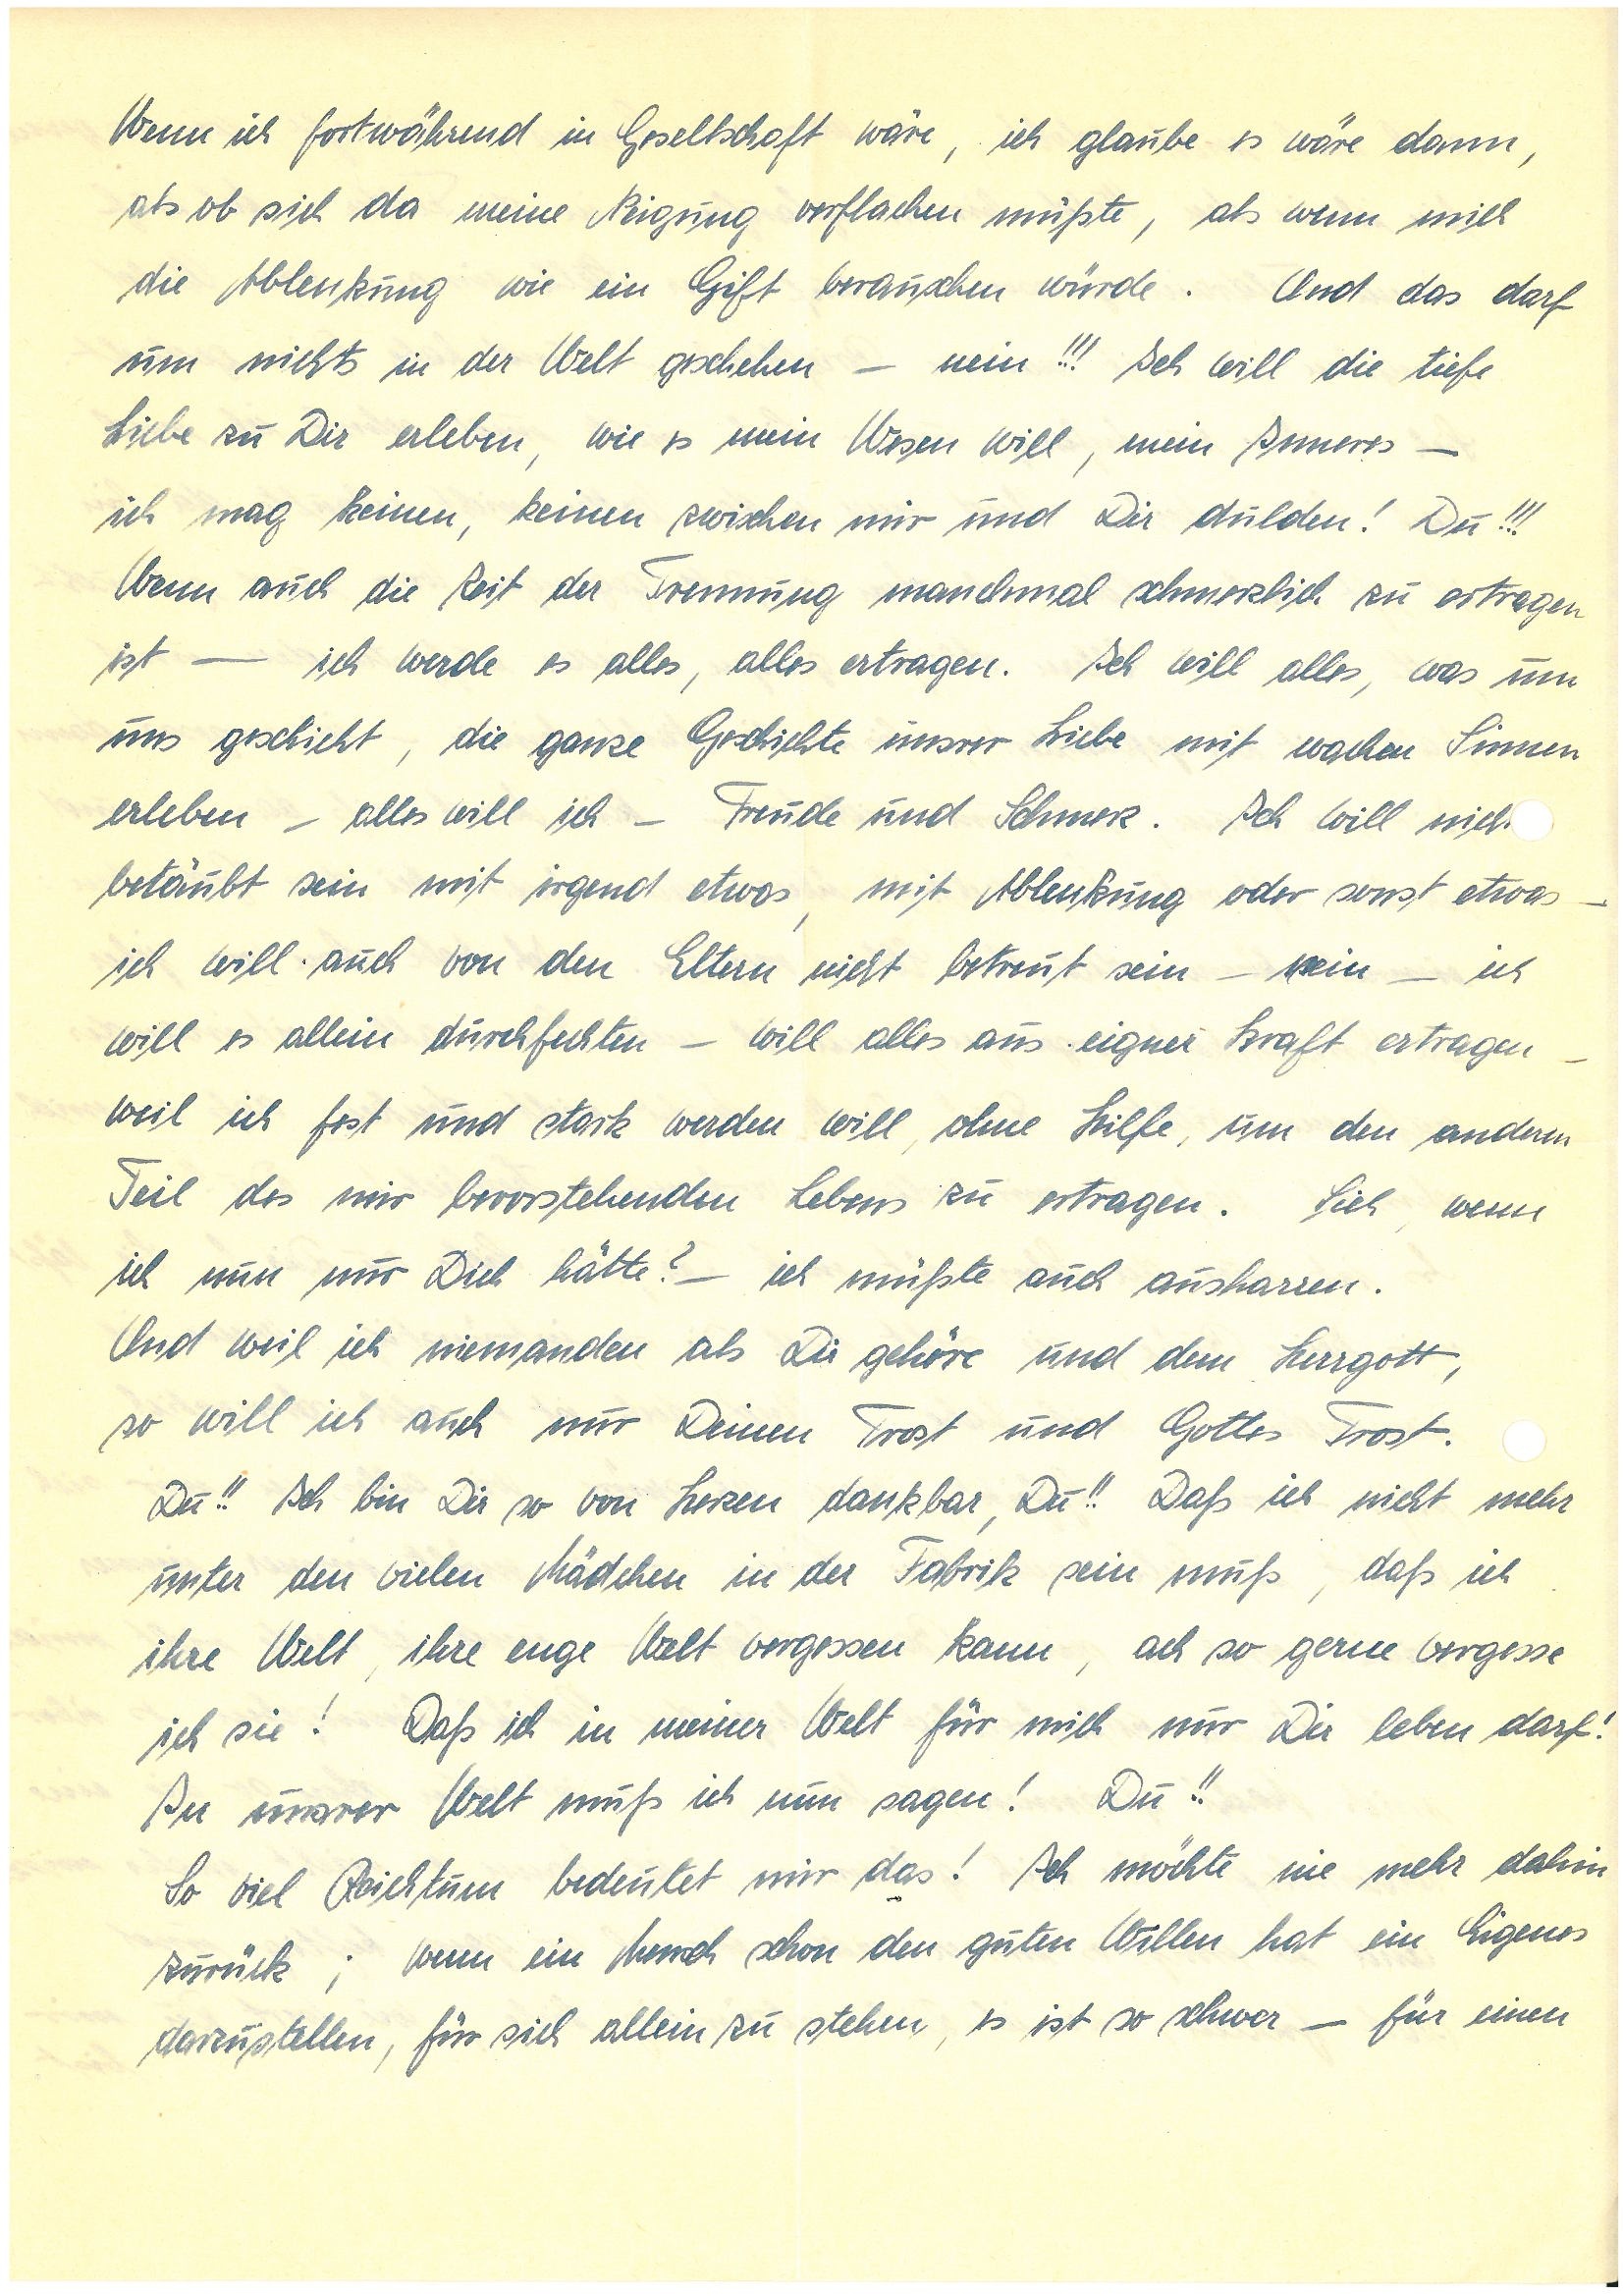
Wenn ich fortwährend in Gesellschaft wäre, ich glaube es wäre dann,
als ob sich da meine Neigung verflachen müßte, als wenn mich
die Ablenkung wie ein Gift berauschen würde. Und das darf
um nichts in der Welt geschehen – nein!!! Ich will die tiefe
Liebe zu Dir erleben, wie es mein Wesen will, mein Inneres –
ich mag keinen, keinen zwischen mir und Dir dulden! Du!!!
Wenn auch die Zeit der Trennung manchmal schmerzlich zu ertragen
ist – ich werde es alles, alles ertragen. Ich will alles, was um
uns geschieht, die ganze Geschichte unsrer Liebe mit wachen Sinnen
erleben – alles will ich – Freude und Schmerz. Ich will nich
betäubt sein mit irgend etwas mit Ablenkung oder sonst etwas –
ich will auch von den Eltern nicht betreut sein – nein – ich
will es allein durchfechten – will alles aus eigner Kraft ertragen –
weil ich fest und stark werden will ohne Hilfe, um den anderen
Teil des mir bevorstehenden Lebens zu ertragen. Sieh, wenn
ich nun nur Dich hätte? – ich müßte auch ausharren.
Und weil ich niemanden als Dir gehöre und dem Herrgott,
so will ich auch nur Deinen Trost und Gottes Trost.
Du!! Ich bin Dir so von Herzen dankbar, Du!! Daß ich nicht mehr
unter den vielen Mädchen in der Fabrik sein muß, daß ich
ihre Welt, ihre enge Welt vergessen kann, ach so gerne vergesse
ich sie! Daß ich in meiner Welt für mich nur Dir leben darf!
In unsrer Welt muß ich nun sagen! Du!
So viel Reichtum bedeutet mir das! Ich möchte nie mehr dahin
zurück; wenn ein Mensch schon den guten Willen hat, ein Eigenes
darzustellen, für sich allein zu stehen, es ist so schwer – für einen